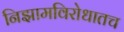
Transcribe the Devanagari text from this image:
निझामविरोधातच